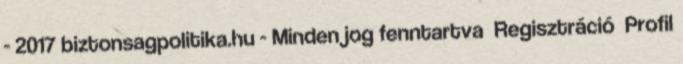
- 2017 biztonsagpolitika.hu - Minden jog fenntartva Regisztráció Profil